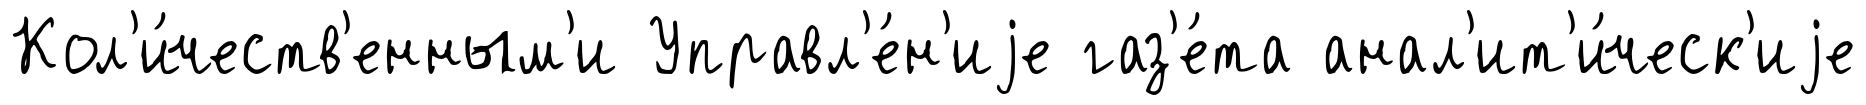
Кол'и́честв'енным'и Управл'е́н'иjе газ'е́та анал'ит'и́ческ'иjе